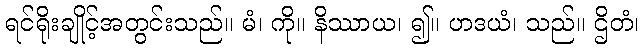
ရင်ရိုးချိုင့်အတွင်းသည်။ မံ၊ ကို။ နိဿာယ၊ ၍။ ဟဒယံ၊ သည်။ ဌိတံ၊